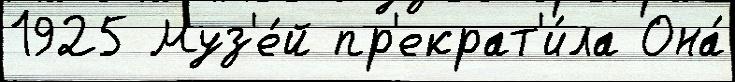
1925 Муз'е́й пр'екрат'и́ла Она́